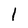
Character: 1